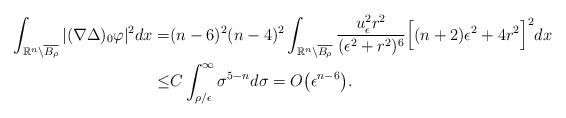
LaTeX: \begin{align*}\int_{\mathbb{R}^n\setminus \overline{B_\rho}}|(\nabla\Delta)_0\varphi|^2dx=&(n-6)^2(n-4)^2 \int_{\mathbb{R}^n\setminus \overline{B_\rho}}\frac{u_\epsilon^2r^2}{(\epsilon^2+r^2)^6}\Big[(n+2)\epsilon^2+4r^2\Big]^2dx \\\leq& C\int_{\rho/\epsilon}^\infty\sigma^{5-n}d\sigma=O\big(\epsilon^{n-6}\big).\end{align*}